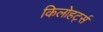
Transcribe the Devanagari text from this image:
किलोहर्ट्स